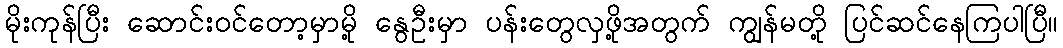
မိုးကုန်ပြီး ဆောင်းဝင်တော့မှာမို့ နွေဦးမှာ ပန်းတွေလှဖို့အတွက် ကျွန်မတို့ ပြင်ဆင်နေကြပါပြီ။